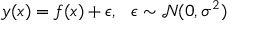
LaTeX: y ( x ) = f ( x ) + \epsilon , \ \ \epsilon \sim { \mathcal { N } } ( 0 , \sigma ^ { 2 } )